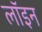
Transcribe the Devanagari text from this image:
लॉइन